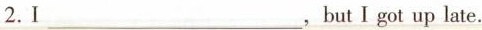
2.I ___，but I got up late.